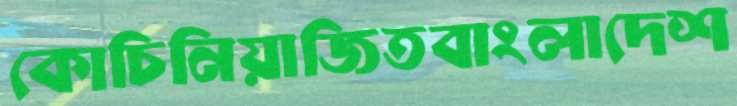
কোচিনিয়াজিতবাংলাদেশ